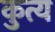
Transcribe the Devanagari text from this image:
कुत्य